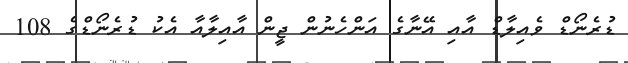
ޑުރެނޯޑް ވެއިލާޑް އާއި އޭނާގެ އަންހެނުން ޖީން އާއިލާއާ އެކު ޑުރެނޯޑްގެ 108